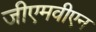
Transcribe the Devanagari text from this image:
जीएमवीएन